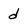
Character: d